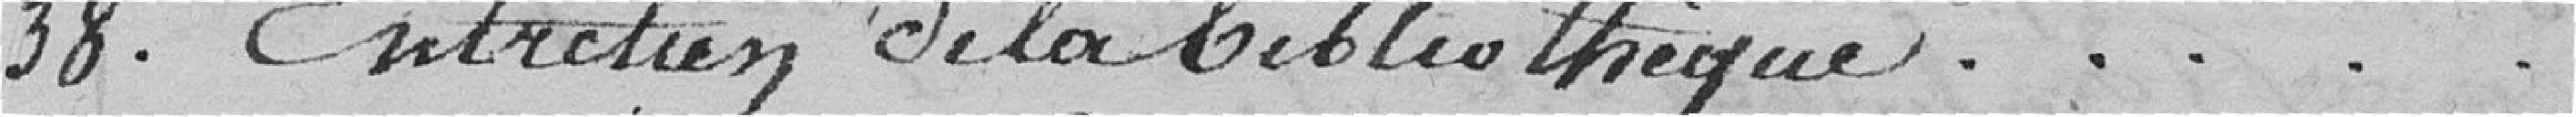
38. Entretien de la bibliothèque....